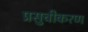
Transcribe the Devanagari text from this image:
प्रसुचीकरण